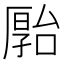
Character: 𪠗